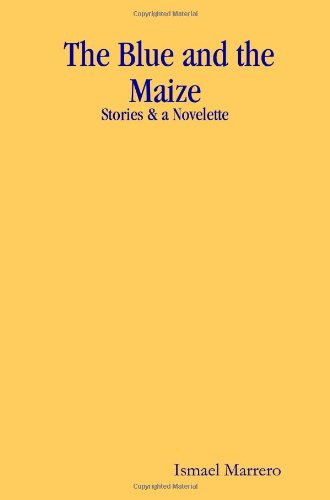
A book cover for The Blue and the Maize: Stories & a Novelette; Ismael Marrero; Sports & Outdoors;